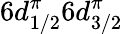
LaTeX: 6d_{1/2}^{\pi}6d_{3/2}^{\pi}